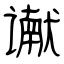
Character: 谳